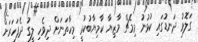
ގަލޮޅު ދަނޑުގައި ކުޅުނު މިމެޗް މާޒިޔާ ކާމިޔާބުކުރީ މިހާތަނަށް ދިވެހި ލީގު ދެފަހަރަށް